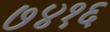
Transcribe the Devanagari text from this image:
७४१६